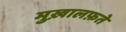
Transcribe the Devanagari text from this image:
मुख़ालफ़ते